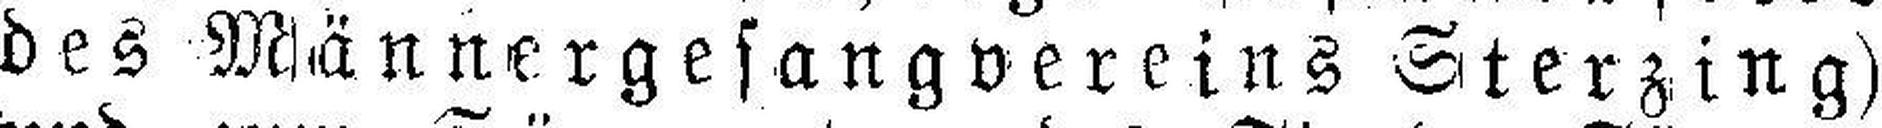
des Männergesangvereins Sterzing)